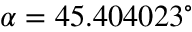
\alpha = 4 5 . 4 0 4 0 2 3 ^ { \circ }